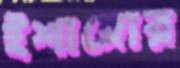
ইশাঙ্গোর